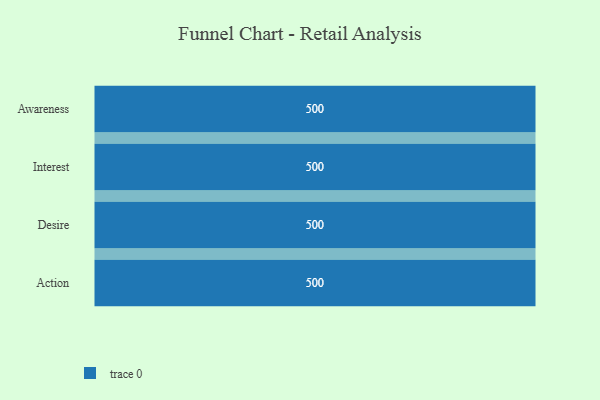
{"axis": {"x": "Stage", "y": "Value"}, "legend": [""], "data": [{"x": "Awareness", "y": 500, "type": ""}, {"x": "Interest", "y": 500, "type": ""}, {"x": "Desire", "y": 500, "type": ""}, {"x": "Action", "y": 500, "type": ""}]}